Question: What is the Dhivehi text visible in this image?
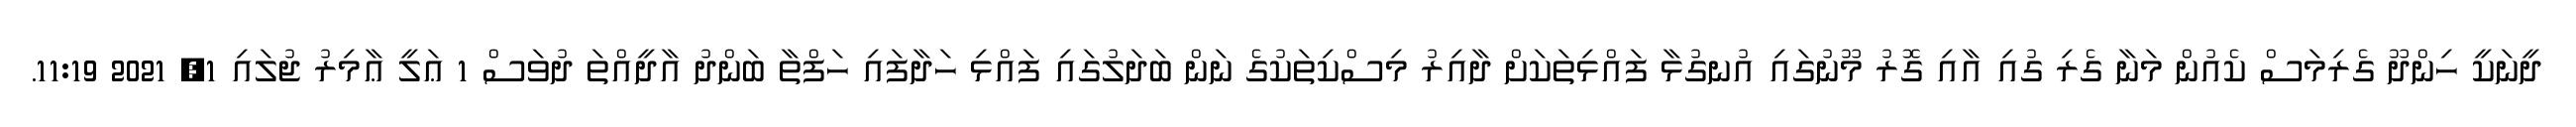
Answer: ދީނަކީ ހިންދޫ ގެރިމަސް ކެއުން މަނާ ގެރި ގުއި އާއި ގޮރު މޫނުގައި އުނގުޅާ ފައްޅިތަކަށް ދާއިރު މިސްކިތަކުގެ ނަން ބަދަލުގައި ފައްޅި ހަދާފައި ހަފްތާ ބަންދު އާދީއްތަ ދުވަސް 1 ޢަލީ ޢާމިރު ޖުލައި 1, 2021 11:19.